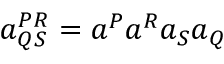
\begin{array} { r } { a _ { Q S } ^ { P R } = a ^ { P } a ^ { R } a _ { S } a _ { Q } } \end{array}